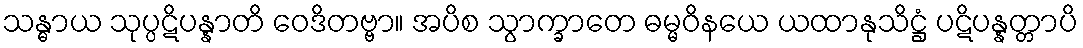
သန္ဓာယ သုပ္ပဋိပန္နာတိ ဝေဒိတဗ္ဗာ။ အပိစ သွာက္ခာတေ ဓမ္မဝိနယေ ယထာနုသိဋ္ဌံ ပဋိပန္နတ္တာပိ